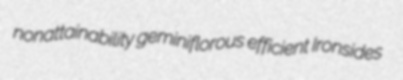
nonattainability geminiflorous efficient Ironsides